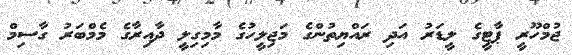
ޖުމްހޫރީ ޕާޓީގެ ލީޑަރު އަދި ރައްޔިތުންގެ މަޖިލީހުގެ މާމިގިލީ ދާއިރާގެ މެމްބަރު ގާސިމް